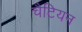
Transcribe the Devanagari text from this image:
चैटियन